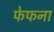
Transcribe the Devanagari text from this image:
फेफना